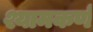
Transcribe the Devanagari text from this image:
श्यामकर्ण